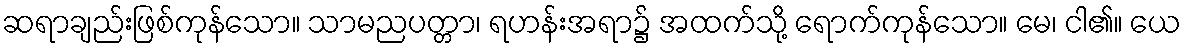
ဆရာချည်းဖြစ်ကုန်သော။ သာမညပတ္တာ၊ ရဟန်းအရာ၌ အထက်သို့ ရောက်ကုန်သော။ မေ၊ ငါ၏။ ယေ